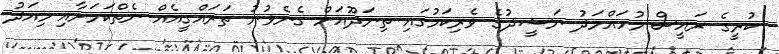
ކުރީގެ ރައީސް މުހައްމަދު ނަޝީދުގެ ވެރިކަމުގައި ތިނަދޫއަށް ގެނެވުނު ތަރައްގީއެއް ނެތްކަމަށާއި މިއަދު